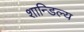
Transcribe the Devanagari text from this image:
शान्डिल्य